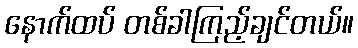
နောက်ထပ် တစ်ခါကြည့်ချင်တယ်။